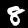
Label: 8